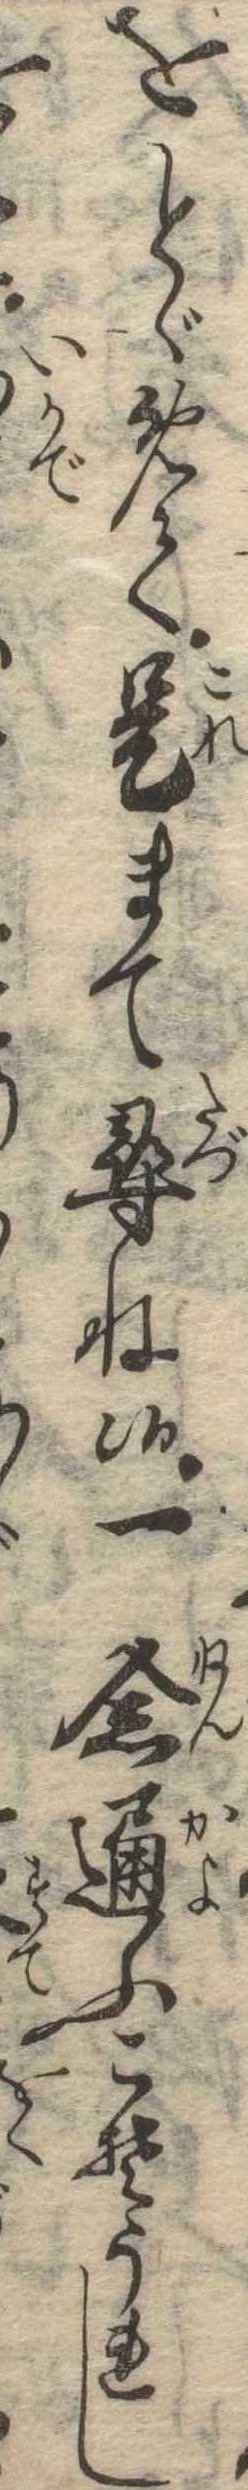
をとゞめて是まて尋ね候一念通ふこそうれし